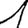
Digit: 1